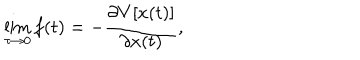
\lim _ { \tau \rightarrow 0 } f ( t ) = - \frac { \partial V [ x ( t ) ] } { \partial x ( t ) } ,